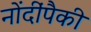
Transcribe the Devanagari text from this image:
नोंदींपैकी